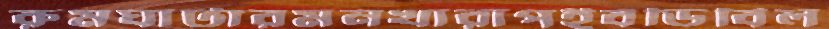
রুমঘাটারমনখারাপইবডিবিল